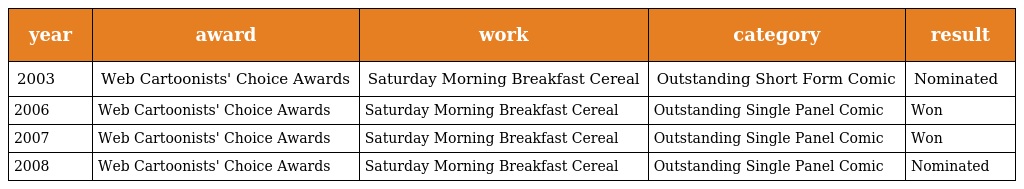
| year | award | work | category | result |
 | --- | --- | --- | --- | --- |
 | 2003 | Web Cartoonists' Choice Awards | Saturday Morning Breakfast Cereal | Outstanding Short Form Comic | Nominated |
 | 2006 | Web Cartoonists' Choice Awards | Saturday Morning Breakfast Cereal | Outstanding Single Panel Comic | Won |
 | 2007 | Web Cartoonists' Choice Awards | Saturday Morning Breakfast Cereal | Outstanding Single Panel Comic | Won |
 | 2008 | Web Cartoonists' Choice Awards | Saturday Morning Breakfast Cereal | Outstanding Single Panel Comic | Nominated |